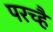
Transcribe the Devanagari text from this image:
परच्हैं